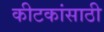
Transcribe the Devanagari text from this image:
कीटकांसाठी